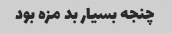
چنجه بسیار بد مزه بود